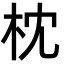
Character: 枕